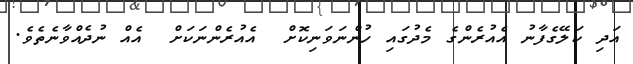
އަދި ކަލޭގެފާނު އެއުރެންގެ މެދުގައި ހުންނަވަނިކޮށް  އެއުރެންނަކަށް  އެއް ނުދެއްވާނެތެވެ.